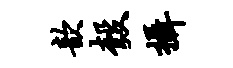
歆彀摄